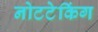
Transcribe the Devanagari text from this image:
नोटटेकिंग